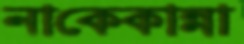
নাকেকান্না